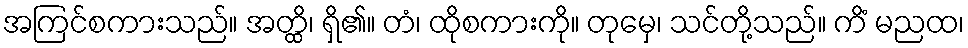
အကြင်စကားသည်။ အတ္ထိ၊ ရှိ၏။ တံ၊ ထိုစကားကို။ တုမှေ၊ သင်တို့သည်။ ကိံ မညထ၊